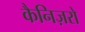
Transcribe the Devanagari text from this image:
कैनिज़रो